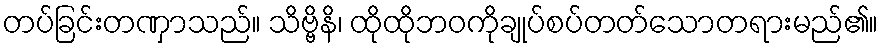
တပ်ခြင်းတဏှာသည်။ သိဗ္ဗိနိ၊ ထိုထိုဘဝကိုချုပ်စပ်တတ်သောတရားမည်၏။